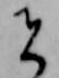
者